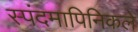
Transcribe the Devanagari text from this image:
स्पंदमापिनिकले